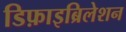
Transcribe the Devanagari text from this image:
डिफ़ाइब्रिलेशन